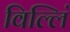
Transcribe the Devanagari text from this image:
विल्लिं